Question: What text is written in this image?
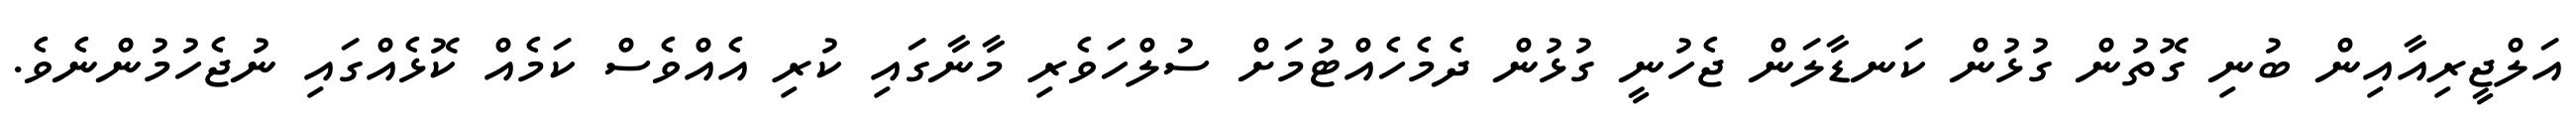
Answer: އަލްޖީރިއާއިން ބުނި ގޮތުން ގުޅުން ކަނޑާލަން ޖެހުނީ ގުޅުން ދެމެހެއްޓުމަށް ސުލްހަވެރި މާނާގައި ކުރި އެއްވެސް ކަމެއް ކޮޅެއްގައި ނުޖެހުމުންނެވެ.